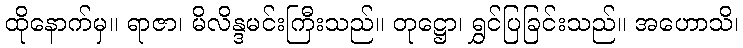
ထိုနောက်မှ။ ရာဇာ၊ မိလိန္ဒမင်းကြီးသည်။ တုဋ္ဌော၊ ရွှင်ပြခြင်းသည်။ အဟောသိ၊